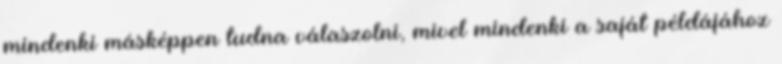
mindenki másképpen tudna válaszolni, mivel mindenki a saját példájához